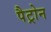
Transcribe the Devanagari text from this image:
पैट्रोन